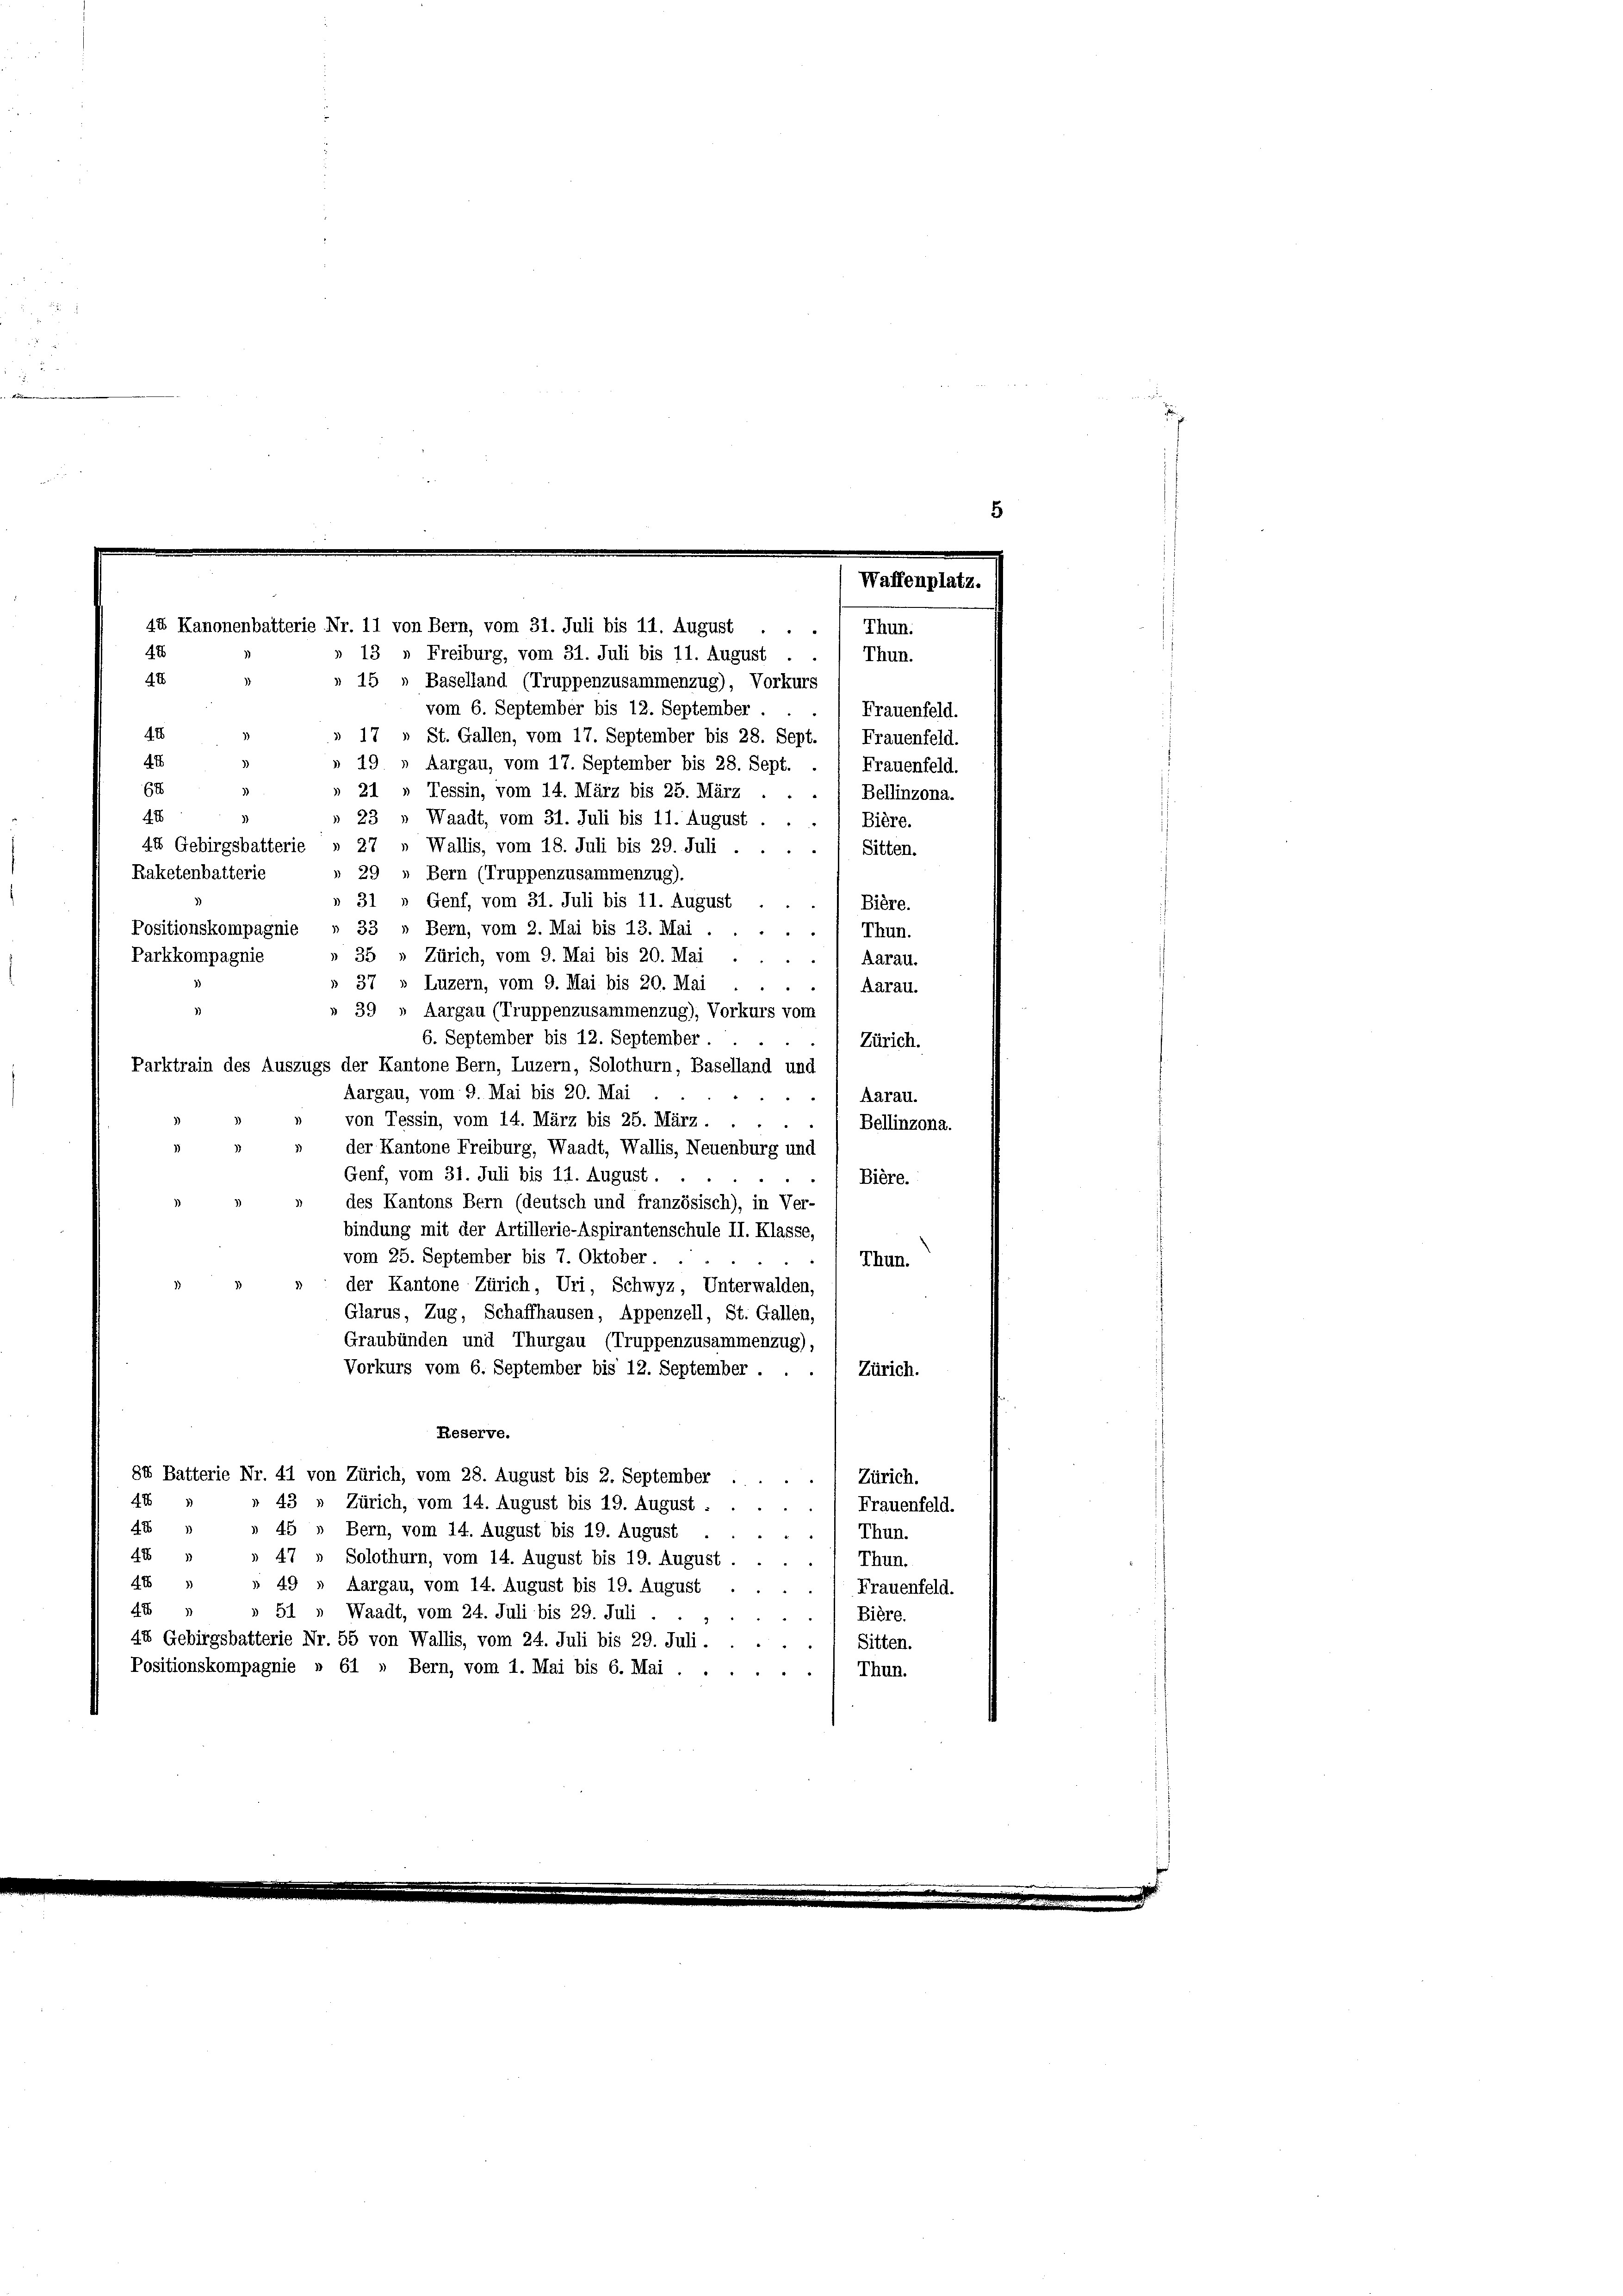
Waffenplatz.
44 Kanonenbatterie Nr. 11 von Bern, vom 31. Juli bis 11. August
Thun.
4
42
13 „ Freiburg, vom 31. Juli bis 11. August .
Thun.
48

» 15 » Baselland (Truppenzusammenzug), Vorkurs
vom 6. September bis 12. September
Frauenfeld.
48
» 17 » St. Gallen, vom 17. September bis 28. Sept. / Frauenfeld.
4x
» 19 » Aargau, vom 17. September bis 28. Sept.
64
21 „ Tessin, vom 14. März bis 25. März . .
41
23 » Waadt, vom 31. Juli bis 11. August . . . / Bière.
44 Gebirgsbatterie » 27 » Wallis, vom 18. Juli bis 29. Juli
Raketenbatterie
» 29 » Bern (Truppenzusammenzug).
» 31 " Genf, vom 31. Juli bis 11. August
Biere.
Positionskompagnie » 33 » Bern, vom 2. Mai bis 13. Mai .
Thun.
2
» 35 » Zürich, vom 9. Mai bis 20. Mai
Parkkompagnie
Aarau.
37 » Luzern, vom 9. Mai bis 20. Mai
Aarau.
39 » Aargau (Truppenzusammenzug), Vorkurs vom
6. September bis 12. September
.
Zürich.
Parktrain des Auszugs der Kantone Bern, Luzern, Solothurn, Baselland und
Aargau, vom 9. Mai bis 20. Mai
Aarau.
"
von Tessin, vom 14. März bis 25. März.
2
Bellinzona.
» der Kantone Freiburg, Waadt, Wallis, Neuenburg und
Genf, vom 31. Juli bis 11. August.
Bière.
des Kantons Bern (deutsch und französisch), in Ver-
bindung mit der Artillerie-Aspirantenschule II. Klasse,
vom 25. September bis 7. Oktober
Thun.
der Kantone Zürich, Uri, Schwyz, Unterwalden,
Glarus, Zug, Schaffhausen, Appenzell, St. Gallen,
Graubünden und Thurgau (Truppenzusammenzug),
Vorkurs vom 6. September bis 12. September.
Zürich.
Reserve.
84 Batterie Nr. 41 von Zürich, vom 28. August bis 2. September
) Zürich.
4x
43 „ Zürich, vom 14. August bis 19. August :
Frauenfeld.
A
45 » Bern, vom 14. August bis 19. August
Thun.
48
47 „ Solothurn, vom 14. August bis 19. August
Thun.
41
49 » Aargau, vom 14. August bis 19. August
Frauenfeld.
44
51 » Waadt, vom 24. Juli bis 29. Juli.
Bière.
3
48 Gebirgsbatterie Nr. 55 von Wallis, vom 24. Juli bis 29. Juli.
Sitten.
Positionskompagnie » 61 » Bern, vom 1. Mai bis 6. Mai .
Thun.

Frauenfeld.
Bellinzona.
Sitten.